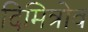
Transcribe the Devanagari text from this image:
दिमित्रोव